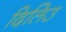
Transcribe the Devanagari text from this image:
दिलिउ